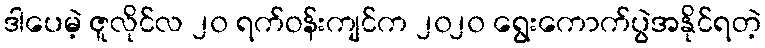
ဒါပေမဲ့ ဇူလိုင်လ ၂၀ ရက်ဝန်းကျင်က ၂၀၂၀ ရွေးကောက်ပွဲအနိုင်ရတဲ့